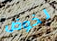
لخوض